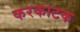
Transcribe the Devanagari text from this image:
करकाटक